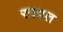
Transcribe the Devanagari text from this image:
रग़बत